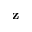
\textbf { z }